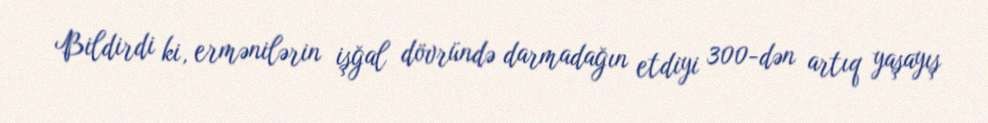
Bildirdi ki, ermənilərin işğal dövründə darmadağın etdiyi 300-dən artıq yaşayış